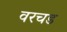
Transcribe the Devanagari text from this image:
वरचड